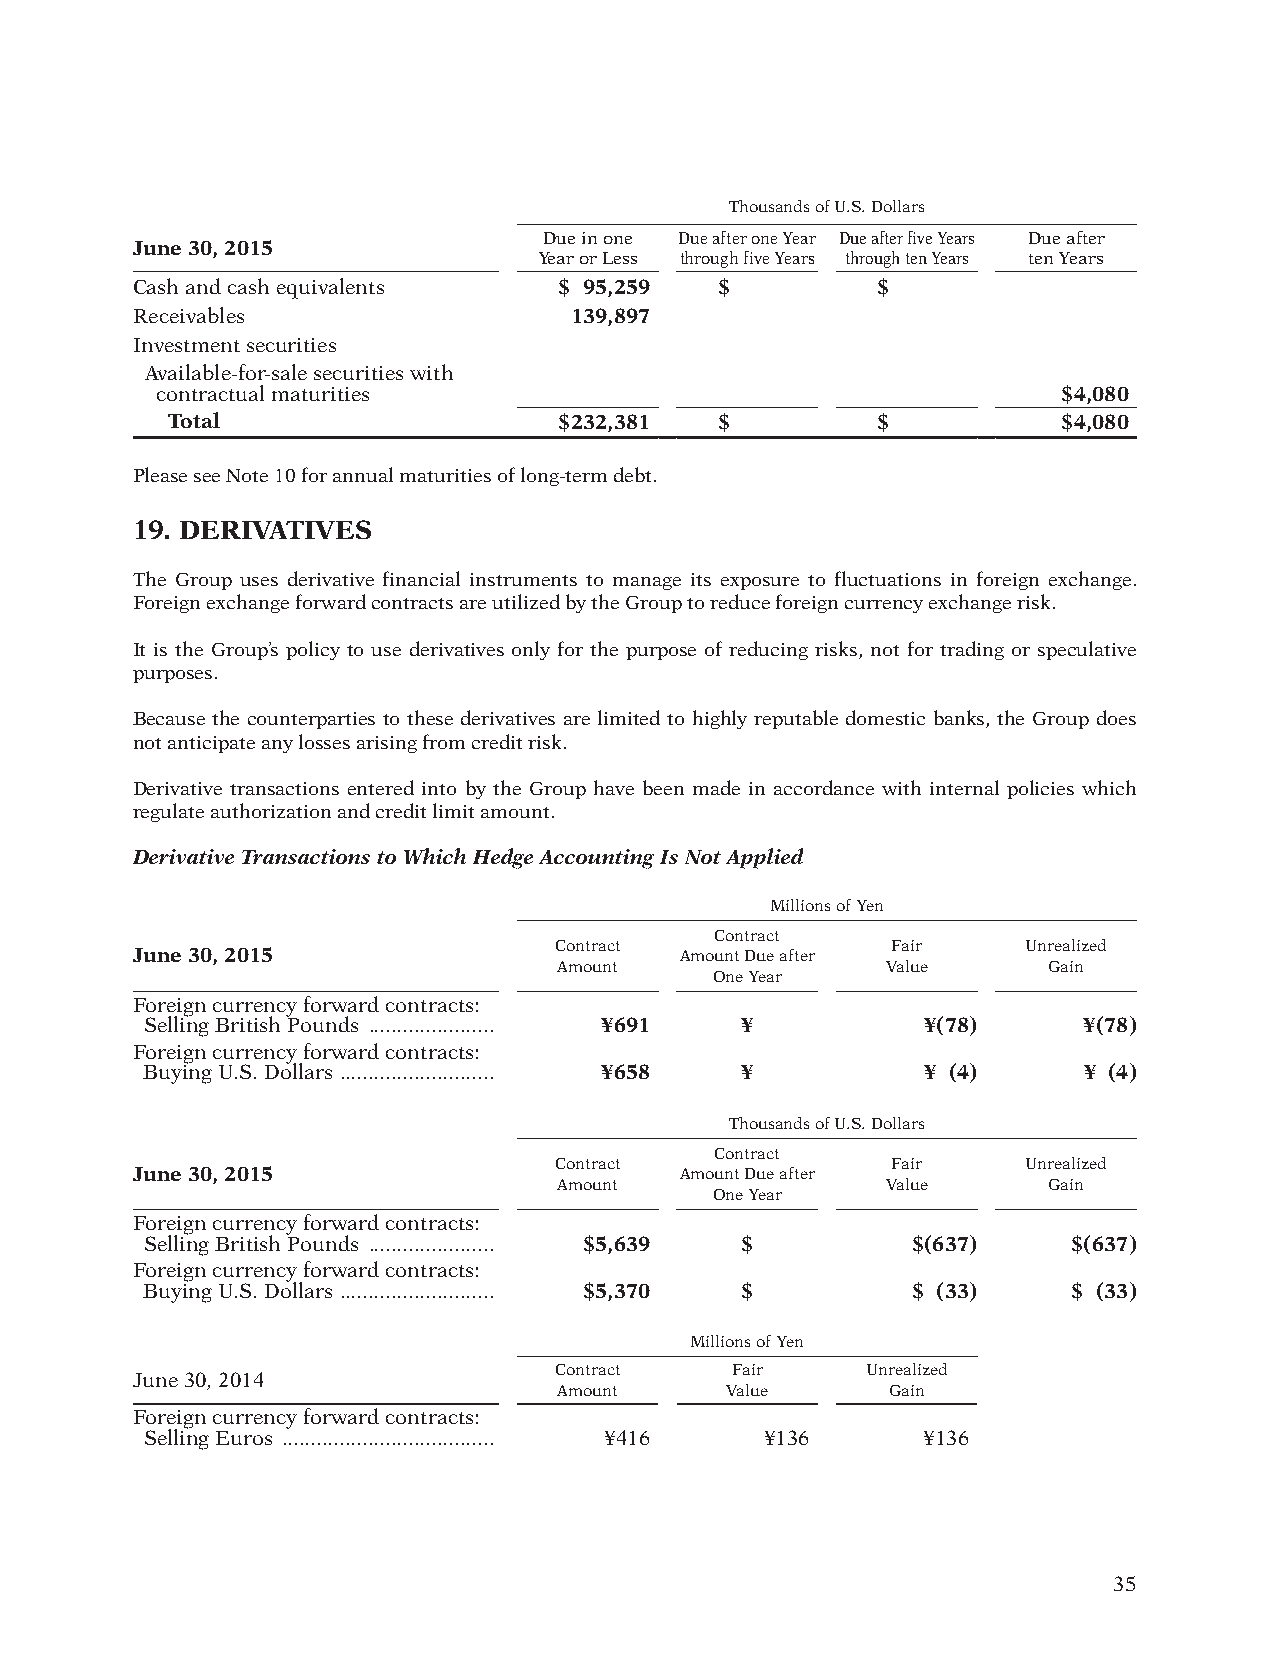
Thousands of U.S. Dollars
 Due in one Due after one Year Due after five Years Due after
 June 30, 2015
 Year or Less through five Years through ten Years ten Years
 Cash and cash equivalents   $ 95,259  $          $
 Receivables                  139,897
 Investment securities
 Available-for-sale securities with
 contractual maturities                                      $4,080
 Total                     $232,381  $          $           $4,080
 Please see Note 10 for annual maturities of long-term debt.
 19. DERIVATIVES
 The Group uses derivative financial instruments to manage its exposure to fluctuations in foreign exchange.
 Foreign exchange forward contracts are utilized by the Group to reduce foreign currency exchange risk.
 It is the Group’s policy to use derivatives only for the purpose of reducing risks, not for trading or speculative
 purposes.
 Because the counterparties to these derivatives are limited to highly reputable domestic banks, the Group does
 not anticipate any losses arising from credit risk.
 Derivative transactions entered into by the Group have been made in accordance with internal policies which
 regulate authorization and credit limit amount.
 Derivative Transactions to Which Hedge Accounting Is Not Applied
 Millions of Yen
 Contract
 Contract              Fair     Unrealized
 June 30, 2015                       Amount Due after
 Amount                Value     Gain
 One Year
 Foreign currency forward contracts:
 Selling British Pounds ...................... ¥691 ¥ ¥(78)     ¥(78)
 Foreign currency forward contracts:
 Buying U.S. Dollars ........................... ¥658 ¥ ¥ (4)   ¥ (4)
 Thousands of U.S. Dollars
 Contract
 Contract              Fair     Unrealized
 June 30, 2015                       Amount Due after
 Amount                Value     Gain
 One Year
 Foreign currency forward contracts:
 Selling British Pounds ...................... $5,639 $ $(637) $(637)
 Foreign currency forward contracts:
 Buying U.S. Dollars ........................... $5,370 $ $ (33) $ (33)
 Millions of Yen
 Contract   Fair     Unrealized
 June 30, 2014
 Amount     Value      Gain
 Foreign currency forward contracts:
 Selling Euros ..................................... ¥416 ¥136 ¥136
 35
 012_0612001372710.indd 35                                              2015/11/16 22:22:16